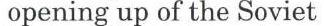
opening up of the Soviet